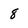
Character: 8